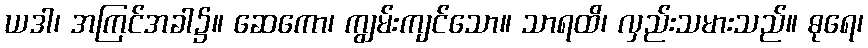
ယဒါ၊ အကြင်အခါ၌။ ဆေကော၊ ကျွမ်းကျင်သော။ သာရထိ၊ လှည်းသမားသည်။ ဓုရေ၊